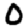
Digit: 0